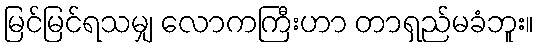
မြင်မြင်ရသမျှ လောကကြီးဟာ တာရှည်မခံဘူး။